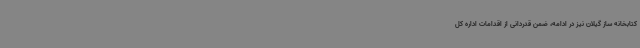
کتابخانه ساز گیلان نیز در ادامه، ضمن قدردانی از اقدامات اداره کل